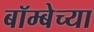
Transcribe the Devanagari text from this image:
बॉम्बेच्या